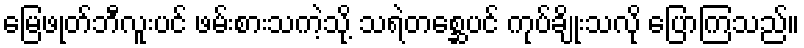
မြေဖုတ်ဘီလူးပင် ဖမ်းစားသကဲ့သို့ သရဲတစ္ဆေပင် ကုပ်ချိုးသလို ပြောကြသည်။